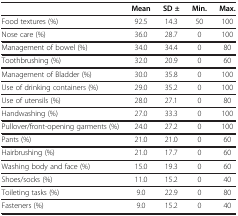
|  | Mean | SD ± | Min. | Max. |
 | --- | --- | --- | --- | --- |
 | Food textures (%) | 92.5 | 14.3 | 50 | 100 |
 | Nose care (%) | 36.0 | 28.7 | 0 | 100 |
 | Management of bowel (%) | 34.0 | 34.4 | 0 | 80 |
 | Toothbrushing (%) | 32.0 | 20.9 | 0 | 60 |
 | Management of Bladder (%) | 30.0 | 35.8 | 0 | 100 |
 | Use of drinking containers (%) | 29.0 | 35.2 | 0 | 100 |
 | Use of utensils (%) | 28.0 | 27.1 | 0 | 80 |
 | Handwashing (%) | 27.0 | 33.3 | 0 | 100 |
 | Pullover/front-opening garments (%) | 24.0 | 27.2 | 0 | 100 |
 | Pants (%) | 21.0 | 21.0 | 0 | 60 |
 | Hairbrushing (%) | 21.0 | 17.7 | 0 | 60 |
 | Washing body and face (%) | 15.0 | 19.3 | 0 | 60 |
 | Shoes/socks (%) | 11.0 | 15.2 | 0 | 40 |
 | Toileting tasks (%) | 9.0 | 22.9 | 0 | 80 |
 | Fasteners (%) | 9.0 | 15.2 | 0 | 40 |